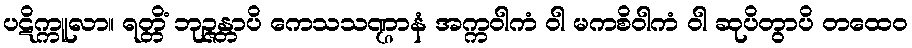
ပဋိက္ကူလာ။ ရတ္တိံ ဘုဉ္ဇန္တာပိ ကေသသဏ္ဌာနံ အက္ကဝါကံ ဝါ မကစိဝါကံ ဝါ ဆုပိတွာပိ တထေဝ